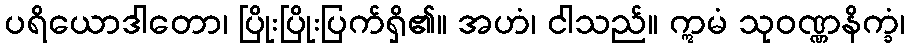
ပရိယောဒါတော၊ ပြိုးပြိုးပြက်ရှိ၏။ အဟံ၊ ငါသည်။ ဣမံ သုဝဏ္ဏနိက္ခံ၊